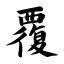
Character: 覆